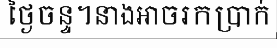
ថ្ងៃចន្ទ។នាងអាចរកប្រាក់